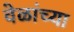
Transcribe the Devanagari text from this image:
वेळांच्या